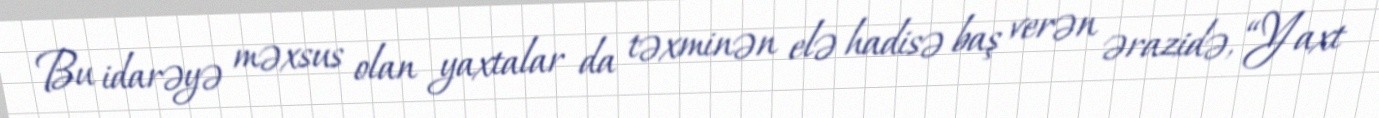
Bu idarəyə məxsus olan yaxtalar da təxminən elə hadisə baş verən ərazidə, “Yaxt